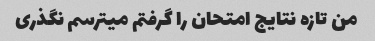
من تازه نتایج امتحان را گرفتم میترسم نگذری